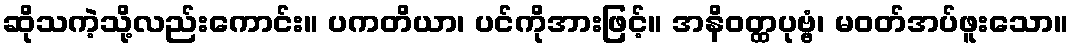
ဆိုသကဲ့သို့လည်းကောင်း။ ပကတိယာ၊ ပင်ကိုအားဖြင့်။ အနိဝတ္ထပုဗ္ဗံ၊ မဝတ်အပ်ဖူးသော။